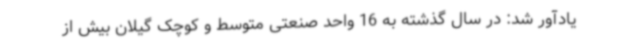
یادآور شد: در سال گذشته به 16 واحد صنعتی متوسط و کوچک گیلان بیش از